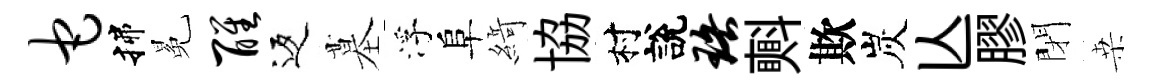
它揲冕醒返墓浮阜𦂶協村說珞㪺欺炭亾膠閉桒